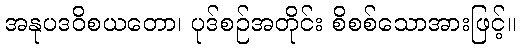
အနုပဒဝိစယတော၊ ပုဒ်စဉ်အတိုင်း စိစစ်သောအားဖြင့်။